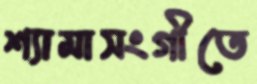
শ্যামাসংগীতে